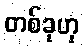
တစ်ခုဟု